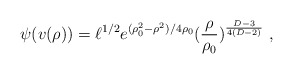
\begin{align*}\psi(v(\rho)) = \ell^{1/2} e^{(\rho_0^2 - \rho^2)/4\rho_0} (\frac{\rho}{\rho_0})^{{D-3\over4(D-2)}}~,\end{align*}